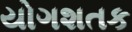
યોગશતક